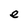
Character: e